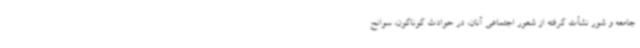
جامعه و شور نشأت گرفته از شعور اجتماعی آنان، در حوادث گوناگون، سوانح